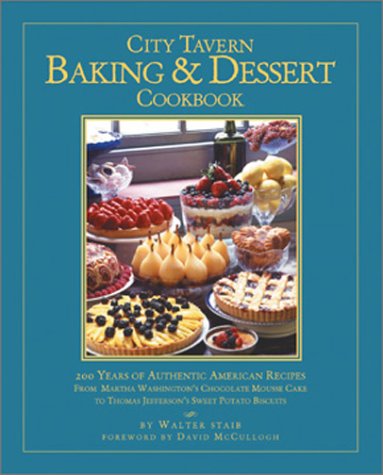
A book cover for City Tavern Baking and Dessert Cookbook: 200 Years of Authentic American Recipes From Martha Washington's Chocolate Mousse Cake to Thomas Jefferson's Sweet Potato Biscuits; Walter Staib; Cookbooks, Food & Wine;